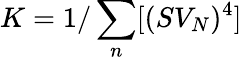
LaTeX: K=1/\sum_{n}[(SV_{N})^{4}]